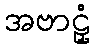
အဗာဠှံ